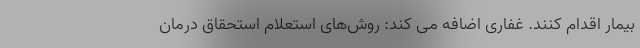
بیمار اقدام کنند. غفاری اضافه می کند: روش‌های استعلام استحقاق درمان